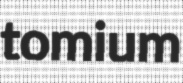
tomium